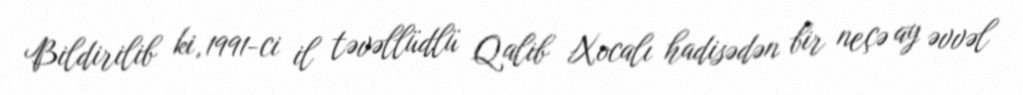
Bildirilib ki, 1991-ci il təvəllüdlü Qalib Xocalı hadisədən bir neçə ay əvvəl